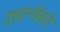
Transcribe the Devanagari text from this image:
इशान्येकडे